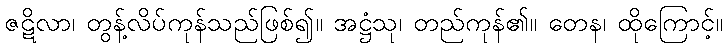
ဇဋိလာ၊ တွန့်လိပ်ကုန်သည်ဖြစ်၍။ အဋ္ဌံသု၊ တည်ကုန်၏။ တေန၊ ထိုကြောင့်။